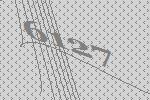
6127